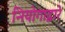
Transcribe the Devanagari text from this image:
नियोगाद्वारे